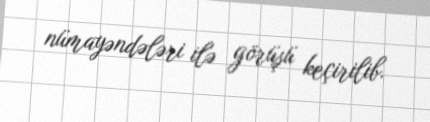
nümayəndələri ilə görüşü keçirilib.